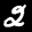
Label: 2